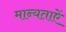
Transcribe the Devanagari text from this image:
मान्यताऐं